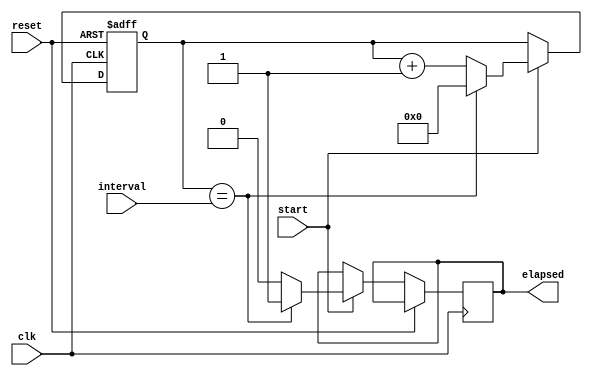
module Interval_Timer (
    input wire clk,
    input wire reset,
    input wire start,
    input wire [31:0] interval,
    output wire elapsed
);

reg [31:0] counter;
reg [31:0] current_time;
reg [1:0] sync_ff;

always @(posedge clk or posedge reset) begin
    if (reset) begin
        counter <= 0;
        current_time <= 0;
        sync_ff <= 0;
    end else begin
        if (start) begin
            counter <= counter + 1;
            if (counter == interval) begin
                elapsed <= 1;
                counter <= 0;
            end else begin
                elapsed <= 0;
            end
        end
        current_time <= current_time + 1;
    end
end

always @(posedge clk) begin
    sync_ff <= counter;
end

endmodule